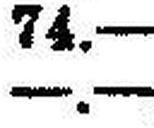
—.—